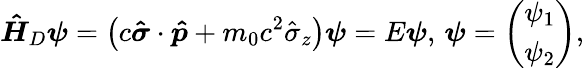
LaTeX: \boldsymbol{\hat{H}}_{D}\boldsymbol{\psi}=\left(c\boldsymbol{\hat{\sigma}}\cdot\boldsymbol{\hat{p}}+m_{0}c^{2}{\hat{\sigma}_{z}}\right)\boldsymbol{\psi}=E\boldsymbol{\psi},\, \boldsymbol{\psi}=\left(\begin{array}{l}{\psi_{1}}\\ {\psi_{2}}\end{array}\right),